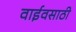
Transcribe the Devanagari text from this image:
वाईवसाठी